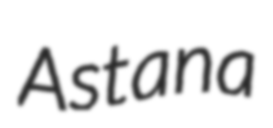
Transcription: Astana